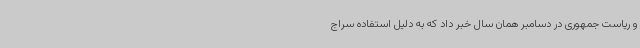
و ریاست جمهوری در دسامبر همان سال خبر داد که به دلیل استفاده سراج